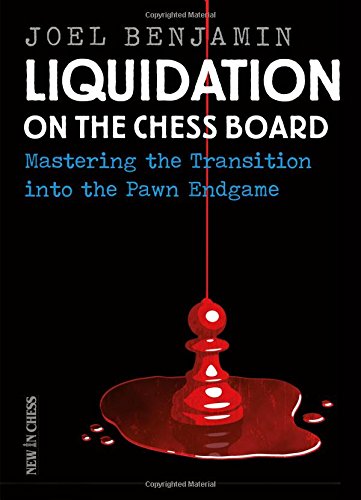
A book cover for Liquidation on the Chess Board: Mastering the Transition into the Pawn Ending; Joel Benjamin; Humor & Entertainment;